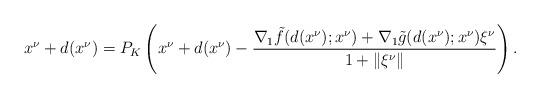
LaTeX: \begin{align*}x^\nu + d(x^\nu) = P_K\left(x^\nu + d(x^\nu) - \frac{\nabla_1 \tilde f(d(x^\nu); x^\nu) + \nabla_1 \tilde g(d(x^\nu); x^\nu) \xi^\nu}{1 + \|\xi^\nu\|}\right).\end{align*}